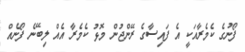
ފޯނުގެ ކެމެރާއަކީ އެ ފައިސާގެ ރޭންޖުން މޮޅު ކެމެރާ އެއް ލިބޭނެ ފޯނެއް